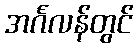
အင်္ဂလန်တွင်